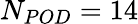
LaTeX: N_{POD}=14